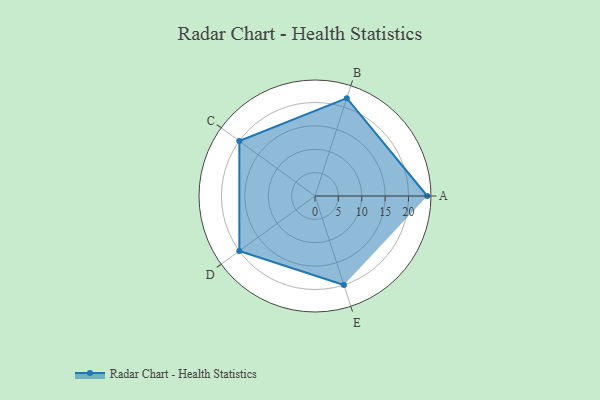
{"axis": {"x": "Skill", "y": "Score"}, "legend": ["Profile"], "data": [{"x": "A", "y": 24.0, "type": "Profile"}, {"x": "B", "y": 22.0, "type": "Profile"}, {"x": "C", "y": 20.0, "type": "Profile"}, {"x": "D", "y": 20, "type": "Profile"}, {"x": "E", "y": 20, "type": "Profile"}]}